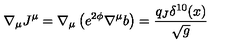
\nabla _ { \mu } J ^ { \mu } = \nabla _ { \mu } \left( e ^ { 2 \phi } \nabla ^ { \mu } b \right) = \frac { q _ { J } \delta ^ { 1 0 } ( x ) } { \sqrt { g } }